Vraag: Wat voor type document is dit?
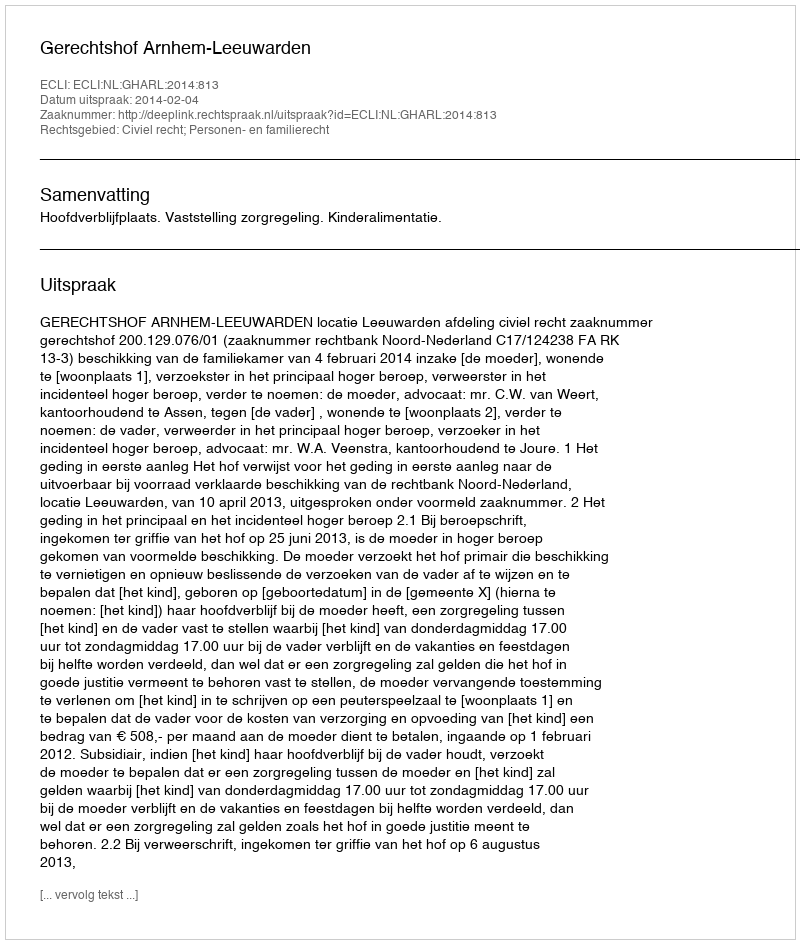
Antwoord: Uitspraak